Medical and sanitary report of the native army of Madras for the year
Year: 1877
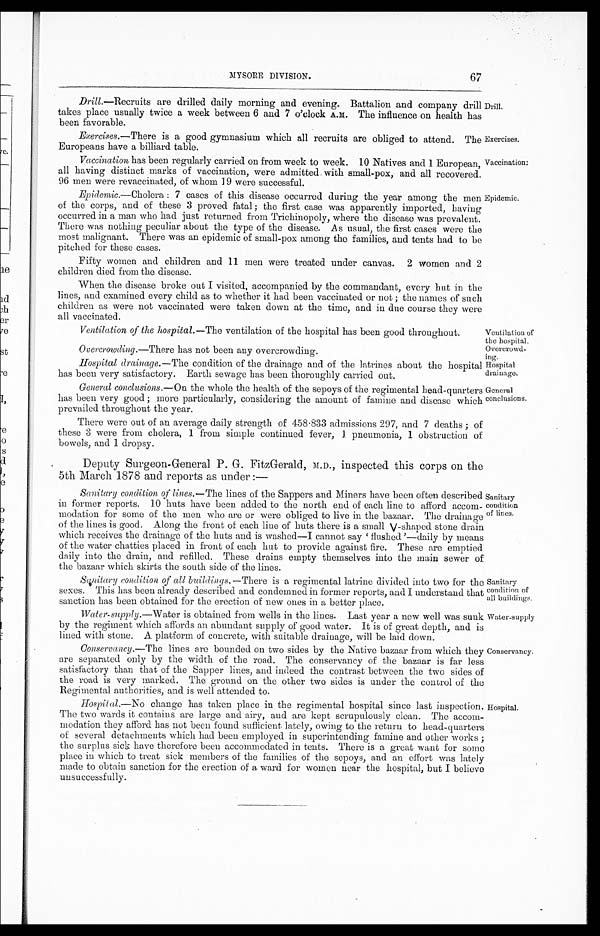
Ventilation of
the hospital,
Overcrowd
- i n g .
Hospital
drainage.
General
conclusions.
Sanitary
condition of
all buildings.
Water-supply
M Y S O R E D I V I S I O N .
6 7
Drill .—Recruits are drilled daily morning and evening. Battalion and company drill
takes place usually twice a week between 6 and 7 o'clock A.M. The influence on health has
been favorable.
Drill.
Exercises.— There is a good gymnasium which all recruits are obliged to attend.
The Europeans have a billiard table.
Exercises.
Vaccination has been regularly carried on from week to week. 10 Natives and 1 European,
all having distinct marks of vaccination, were admitted with small-pox, and all recovered.
96 men were revaccinated, of whom 19 were successful.
Epidemic.— Cholera : 7 cases of this disease occurred during the year among the men
of the corps, and of these 3 proved fatal ; the first case was apparently imported, having
occurred in a man who had just returned from Trichinopoly, where the disease was prevalent.
There was nothing peculiar about the type of the disease. As usual, the first cases were the
most malignant. There was an epidemic of small-pox among the families, and tents had to be
pitched for these cases.
Fifty women and children and 11 men were treated under canvas. 2 women and 2
children died from the disease.
Vaccination:
Epidemic.
When the disease broke out I visited, accompanied by the commandant, every hut in the
lines, and examined every child as to whether it had been vaccinated or not ; the names of such
children as were not vaccinated were taken down at the time, and in due course they were
all vaccinated.
Ventilation of the hospital.— The ventilation of the hospital has been good throughout.
Overcrowding.—There has not been any overcrowding.
Hospital drainage .—The condition of the drainage and of the latrines about the hospital
has been very satisfactory. Earth sewage has been thoroughly carried out.
General conclusions.— On the whole the health of the sepoys of the regimental head-quarters
has been very good ; more particularly, considering the amount of famine and disease which
prevailed throughout the year.
There were out of an average daily strength of 458.833 admissions 297, and 7 deaths ; of
these 3 were from cholera, 1 from simple continued fever, 1. pneumonia, 1 obstruction of
bowels, and 1 dropsy.
Deputy Surgeon-General P. G. FitzGerald, M.D., inspected this corps on the
5th March 1878 and reports as under :—
Sanitary condition of lines.— The lines of the Sappers and Miners have been often described
in former reports. 10 huts have been added to the north end of each line to afford accom
-
modation for some of the men who are or were obliged to live in the bazaar. The drainage
of the lines is good. Along the front of each line of huts there is a small V -shaped stone drain
which receives the drainage of the huts and is washed—I cannot say 'flushed'—daily by means
of the water chatties placed in front of each hut to provide against fire. These are emptied
doily into the drain, and refilled. These drains empty themselves into the main sewer of
the bazaar which skirts the south side of the lines.
Sanitary
condition
of lines.
Sanitary condition of all buildings .—There is a regimental latrine divided into two for the
sexes. This has been already described and condemned in former reports, and I understand that
sanction has been obtained for the erection of new ones in a better place.
Water-supply.— Water is obtained from wells in the lines. Last year a new well was sunk
by the regiment which affords an abundant supply of good water. It is of great depth, and is
lined with stone, A platform of concrete, with suitable, drainage, will be laid down.
Conservancy.— The lines are bounded on two sides by the Native bazaar from which they
are separated only by the width of the road. The conservancy of the bazaar is far less
satisfactory than that of the Sapper lines, and indeed the contrast between the two sides of
the road is very marked. The ground on the other two sides is under the control of the
Regimental authorities, and is well attended to.
Hospital.— No change has taken place in the regimental hospital since last inspection.
The two wards it contains are large and airy, and are kept scrupulously clean. The accom
-
modation they afford has not been found sufficient lately, owing to the return to head-quarters
of several detachments which had been employed in superintending famine and other works ;
the surplus sick have therefore been accommodated in tents. There is a great want for some
place in which to treat sick members of the families of the sepoys, and an effort was lately
made to obtain sanction for the erection of a ward for women near the hospital, but I believe
unsuccessfully.
Conservancy.
Hospital.